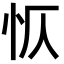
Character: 𭜔